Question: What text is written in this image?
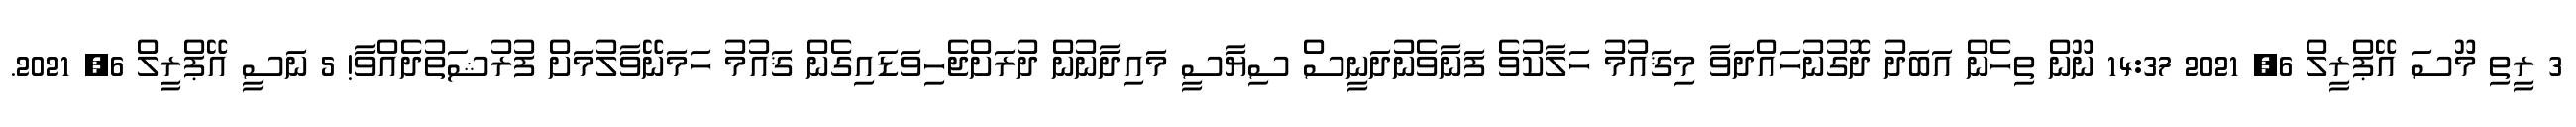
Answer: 3 ރީތި މޫސަ އޭޕްރީލް 6, 2021 14:37 ނޫން ތިހެން އަބަދު ދޮގުނުހައްދަވާ މިޤައުމު ހަލާކުވެ ފަނާވެނުދަނީސް ސިޔާސީ މައިދާނުން ދުރަށްޖެހިވަޑައިގެން ޤައުމު ހަމަނޭވާލުމަށް ފުރުޝަތުދެއްވާ! 5 ނަސީ އޭޕްރީލް 6, 2021.